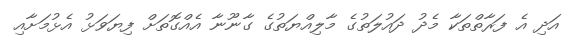
އަދި އެ ފަރާތްތަކާ މެދު ދައުލަތުގެ މާލިއްޔަތުގެ ގާނޫނާ އެއްގޮތަށް ފިޔަވަޅު އެޅުމަށާއި